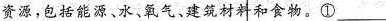
资源，包括能源、水、氧气、建筑材料和食物。①___